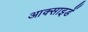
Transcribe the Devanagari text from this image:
आक्साइडें